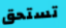
تستحق